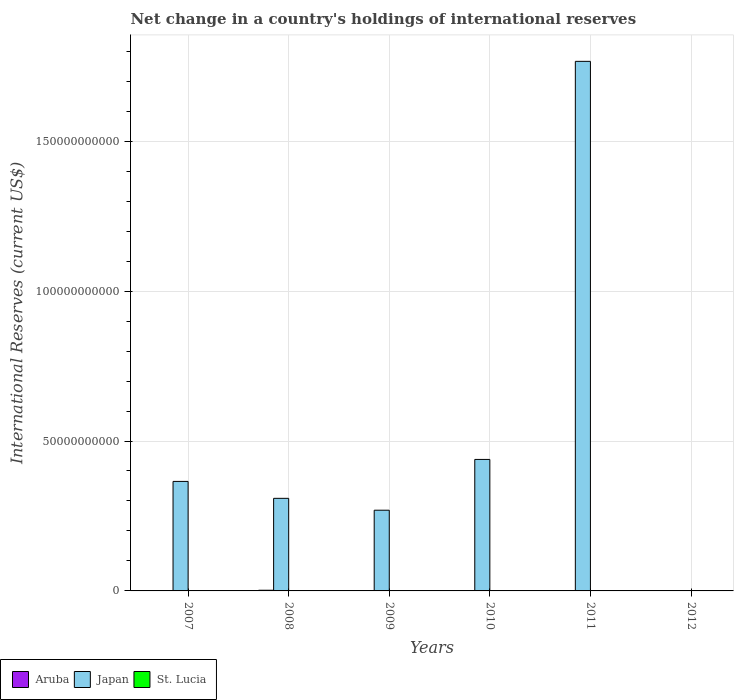
| Years | Aruba | Japan | St. Lucia |
 | --- | --- | --- | --- |
 | 2007 | 4.32e+07 | 3.65e+10 | 1.86e+07 |
 | 2008 | 2.25e+08 | 3.09e+10 | -1.09e+07 |
 | 2009 | 3.42e+07 | 2.69e+10 | 3.23e+07 |
 | 2010 | -1.06e+07 | 4.39e+10 | 2.11e+07 |
 | 2011 | -3.63e+07 | 1.77e+11 | -4.92e+05 |
 | 2012 | 6.63e+07 | -3.83e+10 | 1.65e+07 |